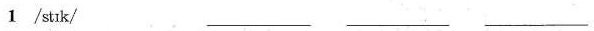
1 /stik/ ___ ___ ___